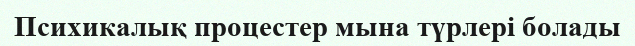
Психикалық процестер мына түрлері болады